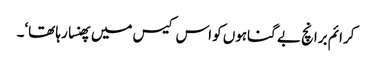
کرائم برانچ بے گناہوں کو اس کیس میں پھنسا رہا تھا‘۔